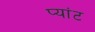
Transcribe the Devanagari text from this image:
प्यांट